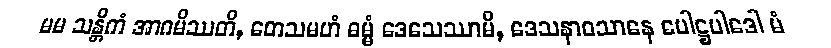
မမ သန္တိကံ အာဂမိဿတိ, တေသမဟံ ဓမ္မံ ဒေသေဿာမိ, ဒေသနာဝသာနေ ပေါဋ္ဌပါဒေါ မံ